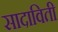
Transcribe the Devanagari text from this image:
सादाविती